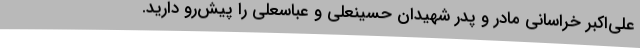
علی‌اکبر خراسانی مادر و پدر شهیدان حسینعلی و عباسعلی را پیش‌رو دارید.